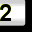
Digit: 2